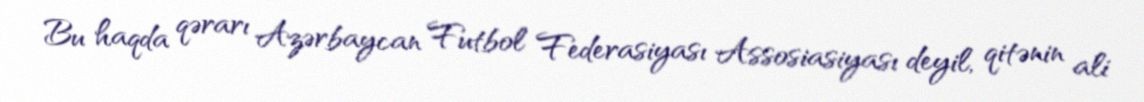
Bu haqda qərarı Azərbaycan Futbol Federasiyası Assosiasiyası deyil, qitənin ali